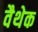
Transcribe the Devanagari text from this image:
वैथेक